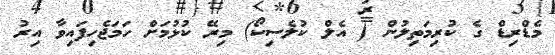
މެޑްރިޑް ގެ ކުރިމަތިލުން ( އެލް ކުލެސިކޯ) މިރޭ ކުޅުމަށް ހަމަޖެހިފައިވާ އިރު